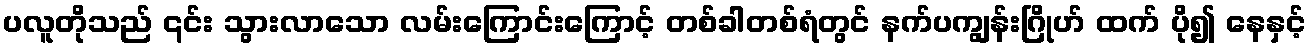
ပလူတိုသည် ၎င်း သွားလာသော လမ်းကြောင်းကြောင့် တစ်ခါတစ်ရံတွင် နက်ပကျွန်းဂြိုဟ် ထက် ပို၍ နေနှင့်